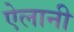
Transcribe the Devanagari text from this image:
ऐलानी